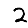
Digit: 2